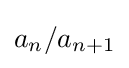
a_{n}/a_{n+1}